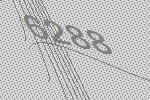
6288